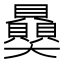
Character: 𧹈